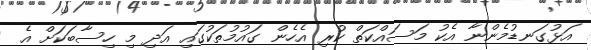
އަޅުގަނޑުމެންނާ އެކު މަސައްކަތް ކުރި އެހެން ގައުމުތަކުގައި އަދި މި ހިސާބަކަށް އެ